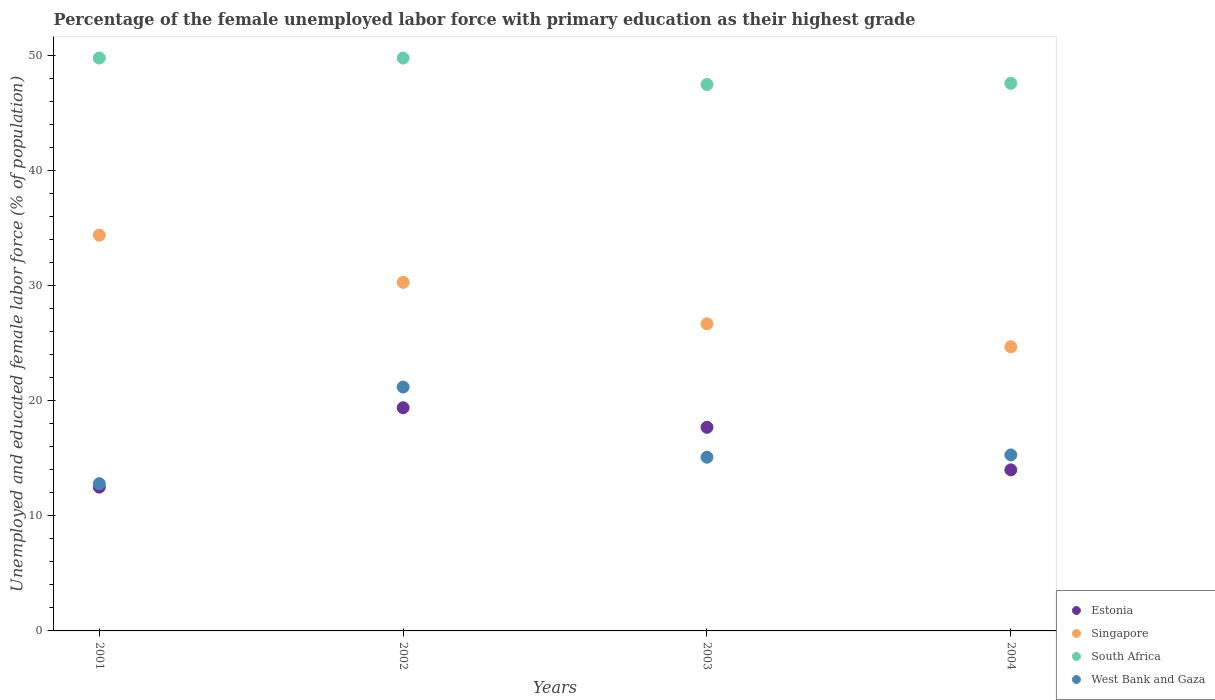
| Years | Estonia | Singapore | South Africa | West Bank and Gaza |
 | --- | --- | --- | --- | --- |
 | 2001 | 12.5 | 34.4 | 49.8 | 12.8 |
 | 2002 | 19.4 | 30.3 | 49.8 | 21.2 |
 | 2003 | 17.7 | 26.7 | 47.5 | 15.1 |
 | 2004 | 14 | 24.7 | 47.6 | 15.3 |